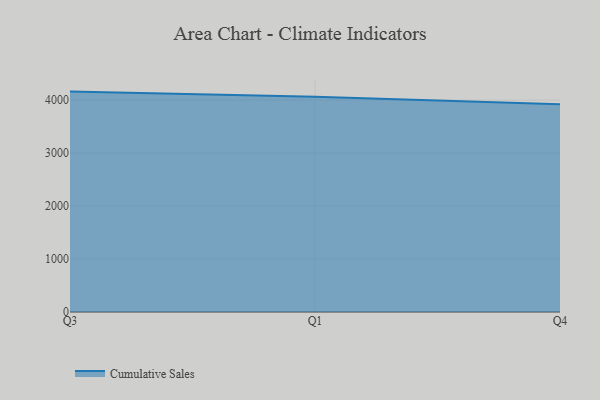
{"axis": {"x": "Quarter", "y": "Tickets Resolved"}, "legend": ["Cumulative Sales"], "data": [{"x": "Q3", "y": 4159.7, "type": "Cumulative Sales"}, {"x": "Q1", "y": 4064.3, "type": "Cumulative Sales"}, {"x": "Q4", "y": 3919.7, "type": "Cumulative Sales"}]}